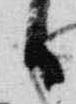
日